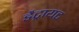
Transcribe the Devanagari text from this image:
डैट्रायट